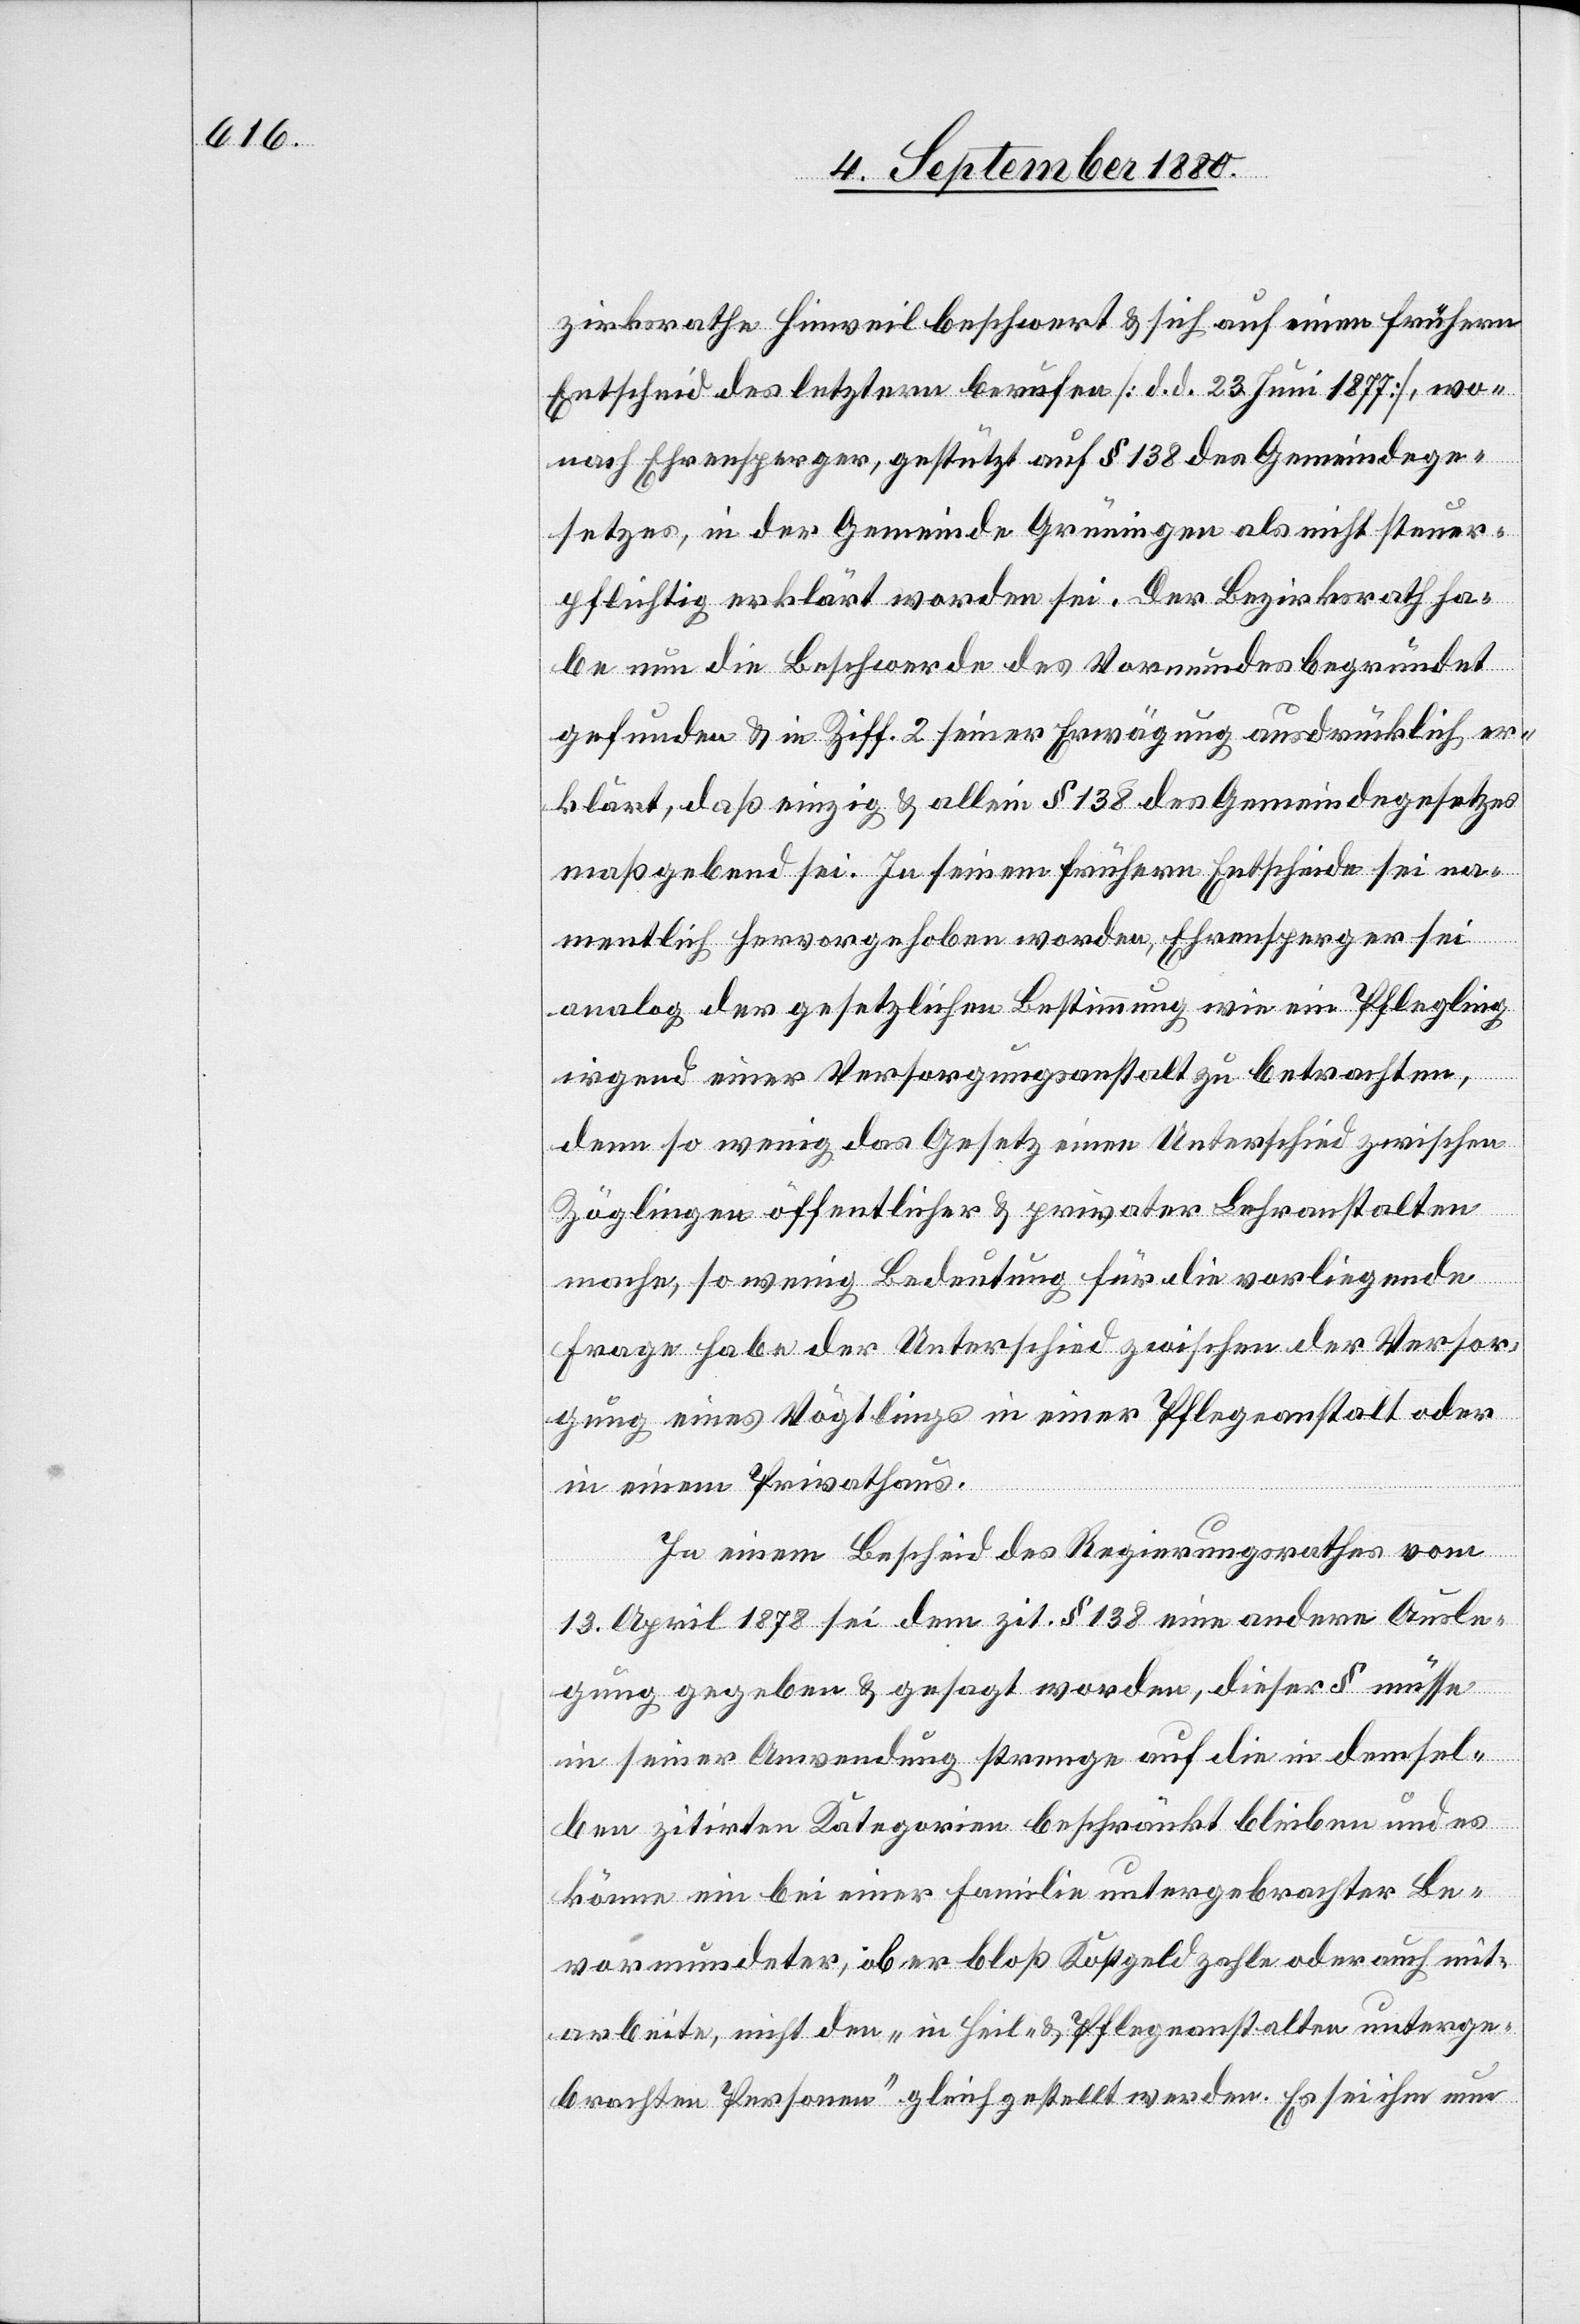
zirksrathe Hinweil beschwert & sich auf einen frühern
Entscheid des letztern berufen [d. d. 23. Juni 1877], wo¬
nach Ehrensperger, gestützt auf § 138 des Gemeindege¬
setzes, in der Gemeinde Grüningen als nicht steuer¬
pflichtig erklärt worden sei. Der Bezirksrath ha¬
be nun die Beschwerde des Vormundes begründet
gefunden & in Ziff. 2 seiner Erwägung ausdrücklich er¬
klärt, daß einzig & allein § 138 des Gemeindegesetzes
maßgebend sei. In seinem frühern Entscheide sei na¬
mentlich hervorgehoben worden, Ehrensperger sei
analog der gesetzlichen Bestimmung wie ein Pflegling
irgend einer Versorgungsanstalt zu betrachten,
denn so wenig das Gesetz einen Unterschied zwischen
Zöglingen öffentlicher & privater Lehranstalten
mache, so wenig Bedeutung für die vorliegende
Frage habe der Unterschied zwischen der Versor¬
gung eines Vögtlings in einer Pflegeanstalt oder
in einem Privathaus.
In einem Bescheid des Regierungsrathes vom
13. April 1878 sei dem zit. § 138 eine andere Ausle¬
gung gegeben & gesagt worden, dieser § müsse
in seiner Anwendung strenge auf die in demsel¬
ben zitirten Kategorien beschränkt bleiben und es
könne ein bei einer Familie untergebrachter Be¬
vormundeter, ob er bloß Kostgeld zahle oder auch mit¬
arbeite, nicht den „in Heil- & Pflegeanstalten unterge¬
brachten Personen“ gleichgestellt werden. Es sei ihm nun